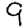
Digit: 9